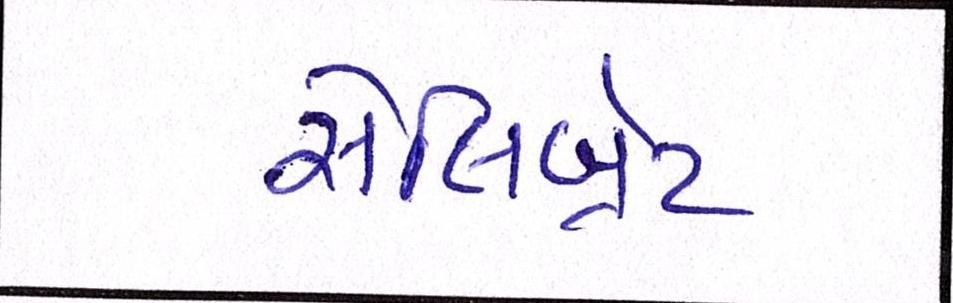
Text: સેલિબ્રેટ